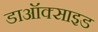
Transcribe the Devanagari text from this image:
डाऑक्साइड